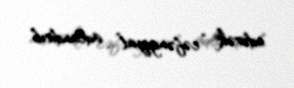
edərək “cəfəngiyat” adlandırıb.